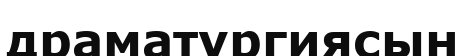
драматургиясын